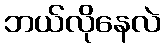
ဘယ်လိုနေလဲ